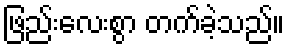
ဖြည်းလေးစွာ တက်ခဲ့သည်။